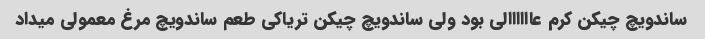
ساندویچ چیکن کرم عاااااالی بود ولی ساندویچ چیکن تریاکی طعم ساندویچ مرغ معمولی میداد